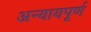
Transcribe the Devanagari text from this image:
अन्‍यायपूर्ण